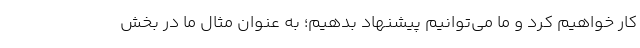
کار خواهیم کرد و ما می‌توانیم پیشنهاد بدهیم؛ به عنوان مثال ما در بخش